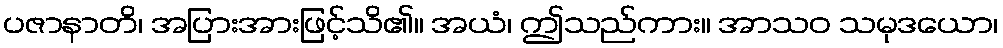
ပဇာနာတိ၊ အပြားအားဖြင့်သိ၏။ အယံ၊ ဤသည်ကား။ အာသဝ သမုဒယော၊